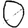
Digit: 0